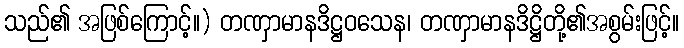
သည်၏ အဖြစ်ကြောင့်။) တဏှာမာနဒိဋ္ဌဝသေန၊ တဏှာမာနဒိဋ္ဌိတို့၏အစွမ်းဖြင့်။